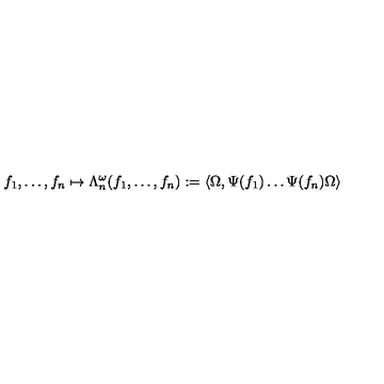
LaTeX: f _ { 1 } , \ldots , f _ { n } \mapsto \Lambda _ { n } ^ { \omega } ( f _ { 1 } , \ldots , f _ { n } ) : = \langle \Omega , \Psi ( f _ { 1 } ) \ldots \Psi ( f _ { n } ) \Omega \rangle